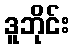
ဒူဘိုင်း